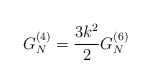
\begin{align*}G_{N}^{(4)}=\frac{3k^{2}}{2}G_{N}^{(6)} \end{align*}